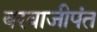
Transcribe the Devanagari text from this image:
बरवाजीपंत